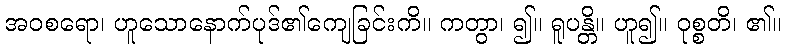
အဝစရော၊ ဟူသောနောက်ပုဒ်၏ကျေခြင်းကိ။ ကတွာ၊ ၍။ ရူပန္တိ။ ဟူ၍။ ဝုစ္စတိ၊ ၏။